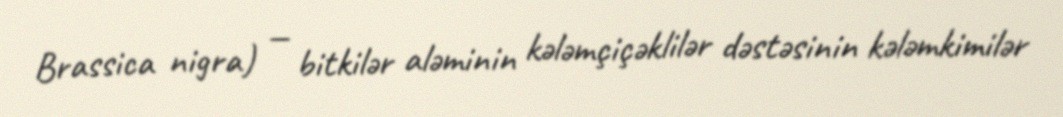
Brassica nigra) — bitkilər aləminin kələmçiçəklilər dəstəsinin kələmkimilər